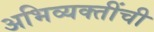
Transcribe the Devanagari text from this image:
अभिव्यक्तींची